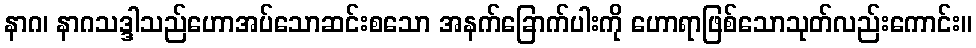
နာဂ၊ နာဂသဒ္ဒါသည်ဟောအပ်သောဆင်းစသော အနက်ခြောက်ပါးကို ဟောရာဖြစ်သောသုတ်လည်းကောင်း။